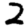
Digit: 2